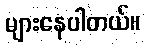
များနေပါတယ်။